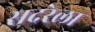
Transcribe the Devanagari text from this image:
सदरेला